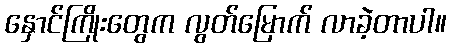
နှောင်ကြိုးတွေက လွတ်မြောက် လာခဲ့တာပါ။